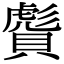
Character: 𧷠